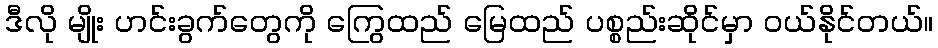
ဒီလို မျိုး ဟင်းခွက်တွေကို ကြွေထည် မြေထည် ပစ္စည်းဆိုင်မှာ ဝယ်နိုင်တယ်။